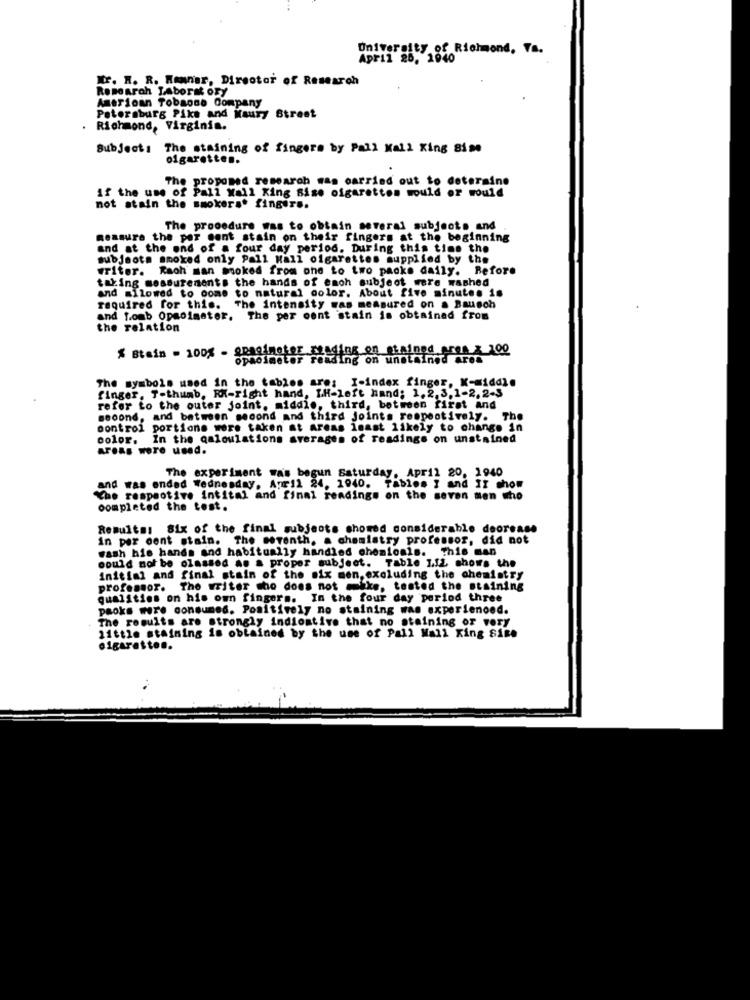
University of Richmond, Ya.
April 28. 1940
Nr. H. R. Wenner, Director of Research
Research TAborat ory
American Tobacco Company
Petersburg Pike and Maury Street
Richmond, Virginia.
Subject: The staining of fingers by Pall Kall King 8ise
olgaretten.
The proposed research was carried out to determine
if the use of Pall Mall King Bise cigarettes would or would
not atain the smokers* fingirs.
The procedure was to obtain several subjects and
measure the per cent stain on their fingers at the beginning
and at the end of a four day period. During this time the
subjeotm smoked only Pall Mall cigarettes supplied by the
writer. Raoh man moked from one to two packs daily. Before
taking measurements the hands of ench subject were washed
and allowed to come to natural color. About five minutes is
required for this. The intensity was measured on a Bausch
and Lomb Opmoimater, The per cent stain is obtained from
the relation
ding on stained ares & 100
$ Btain = 100% - 8protector sending on unstained area
The symbols used in the tables are: I-index finger, K-middle
finger, T-thumb, RX-right hand, IH-left hand; 1,2, 3,1-2, 2-3
refer to the outer joint, middle, third, between first and
second, and between second and third joints respectively.
The
control portions more taken at Areas inast likely to change in
color. In the qaloulations averages of readings on unstained
Areas were used.
The experiment was begun Saturday, April 20, 1940
and was ended Wednesday, April 24, 1940. Tables I and II show
The respective intital and final readings on the seven men who
completed the test.
Results: 81x of the final subjects chomed considerable deoreass
in per cent stain. The seventh. a chemistry professor, did not
wash his hands and habitually handled chemicals. This man
could not be olassod a. a proper subject. Table 1.12 shows the
initial and final stain of the six men, excluding the chemistry
professor. The writer who does not mike, tested the staining
qualities on his omn fingers. In the four day period three
paoks were consumed. Positively no staining was experienced.
The results are strongly indiostive that no staining or very
little staining is obtained by the use of Pall Mall King Size
oigaretto ..